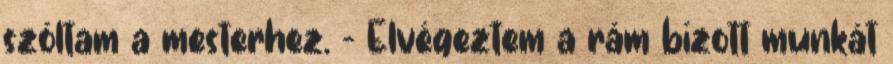
szóltam a mesterhez. - Elvégeztem a rám bízott munkát